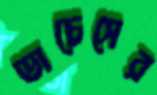
ডাচেসের